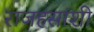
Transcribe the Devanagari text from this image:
राजहंसांशी